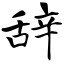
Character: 辞